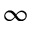
\infty